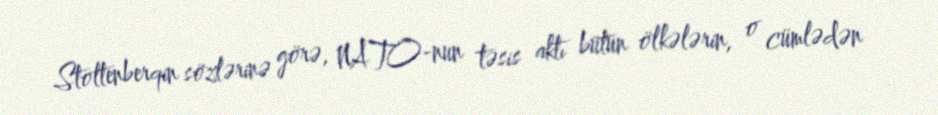
Stoltenberqin sözlərinə görə, NATO-nun təsis aktı bütün ölkələrin, o cümlədən